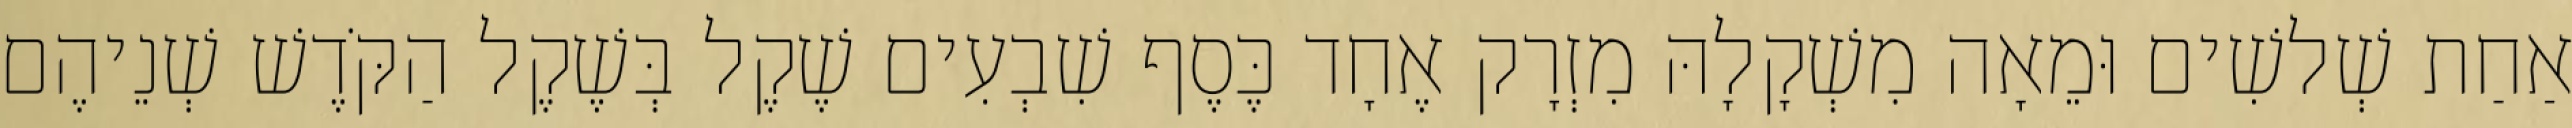
אַחַת שְׁלשִׁים וּמֵאָה מִשְׁקָלָהּ מִזְרָק אֶחָד כֶּסֶף שִׁבְעִים שֶׁקֶל בְּשֶׁקֶל הַקֹּדֶשׁ שְׁנֵיהֶם